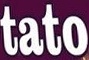
tato